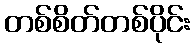
တစ်စိတ်တစ်ပိုင်း